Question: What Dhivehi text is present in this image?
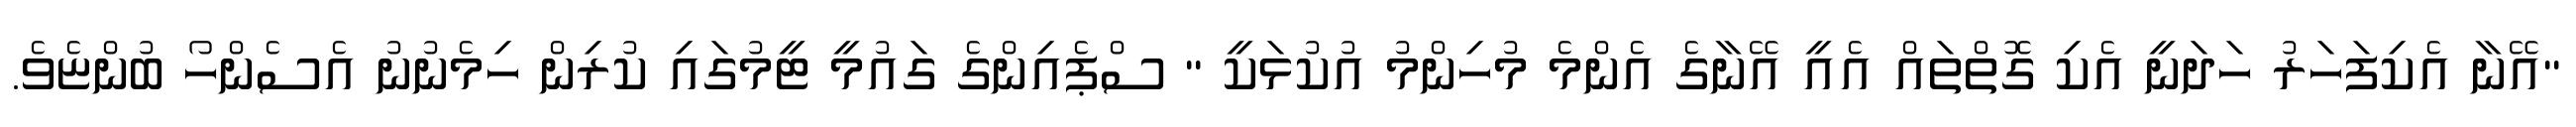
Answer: "އޭނާ އެކިފަހަރު ހަދަނީ އެކި ގޮތްތައް އެއީ އޭނާގެ އެންމެ މުހިންމު އުކުޅަކީ " ސްޕެއިންގެ ގައުމީ ޓީމުގައި ކުރިން ހިމެނުނު އެސެންހޯ ބުންޏެވެ.